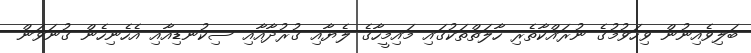
ބަލިވެއިނުން ވިހަވުމުގެ ނުރައްކާތެރި ހާލަތްތަކުގައި މައިމީހާގެ ލެޔާއި ގުރުދާއާއި ސިކުނޑިއާއި އެހެނިހެން ގުނަވަން